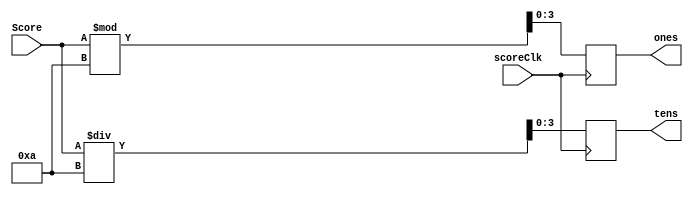
module score2Hex(scoreClk,Score, ones, tens);
input scoreClk;
input [6:0] Score;
output reg [3:0]ones;
output reg [3:0]tens;

always @ (posedge scoreClk)
begin
	ones<=Score%10;
	tens<=Score/10;
end
endmodule